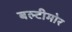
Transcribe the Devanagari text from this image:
बल्टीमोर